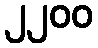
၂၂၀၀